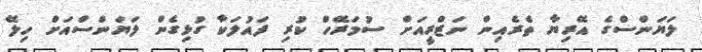
ލަޔަންސްގެ އޭރިޔާ ތެރެއިން ނަޒްރީއަށް ސުމަރޭހް ކުރި ފައުލަކާ ގުޅިގެން ލަޔަންސްއަށް ހިލޭ